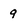
Character: 9